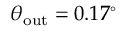
\theta _ { \mathrm { o u t } } = 0 . 1 7 ^ { \circ }